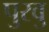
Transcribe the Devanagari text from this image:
पुरवु